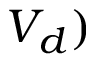
V _ { d } )